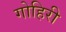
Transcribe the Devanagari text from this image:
गोहिरी